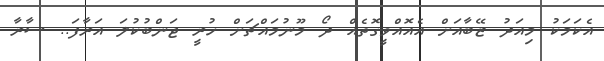
އެކަމަކު މިއަދު ޒޭބާއަށް އެއޮއްވީގޮތެއް ދޯ މޫނުމައްޗަށް ހުރީ ޖަންބުކުލަ އަރާފަ.. ސާރާ